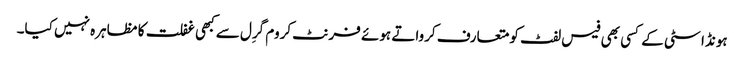
ہونڈا سٹی کے کسی بھی فیس لفٹ کو متعارف کرواتے ہوئے فرنٹ کروم گرِل سے کبھی غفلت کا مظاہرہ نہیں کیا۔